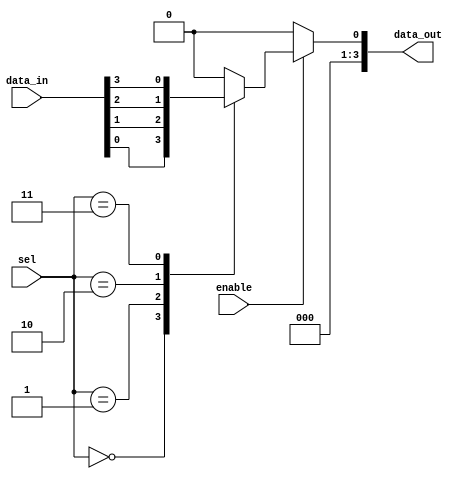
module combinational_logic_block (
    input wire [3:0] sel,       // 4-bit select input for the multiplexer
    input wire [3:0] data_in,   // 4-bit data input
    input wire enable,          // Enable signal for the logic block
    output reg [3:0] data_out   // 4-bit data output
);

// Combinational logic for a 4-input multiplexer
always @(*) begin
    if (enable) begin
        case (sel)
            4'b0000: data_out = data_in[0]; // Select input 0
            4'b0001: data_out = data_in[1]; // Select input 1
            4'b0010: data_out = data_in[2]; // Select input 2
            4'b0011: data_out = data_in[3]; // Select input 3
            default: data_out = 4'b0000;     // Default case
        endcase
    end else begin
        data_out = 4'b0000;  // If not enabled, output is 0
    end
end

endmodule